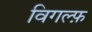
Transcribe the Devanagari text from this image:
विगल्फ़